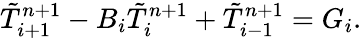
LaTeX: \tilde{T}_{i+1}^{n+1}-{B_{i}}\tilde{T}_{i}^{n+1}+\tilde{T}_{i-1}^{n+1}={G_{i}}.